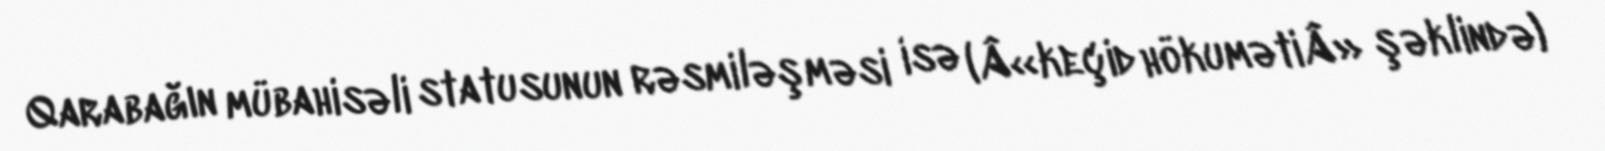
Qarabağın mübahisəli statusunun rəsmiləşməsi isə (Â«keçid hökumətiÂ» şəklində)